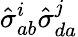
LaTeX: \hat{\sigma}_{ab}^{i}\hat{\sigma}_{da}^{j}